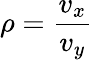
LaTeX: \rho=\frac{v_{x}}{v_{y}}